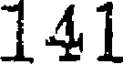
141